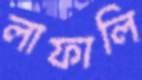
লাফালি